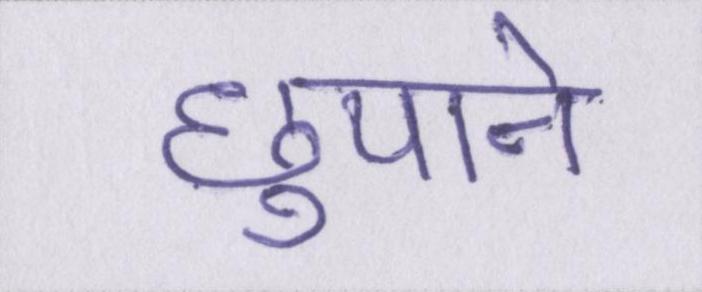
छुपाने